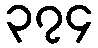
၃၇၄